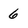
Character: 6